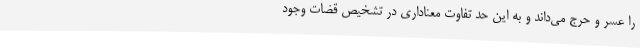
را عسر و حرج می‌داند و به این حد تفاوت معناداری در تشخیص قضات وجود